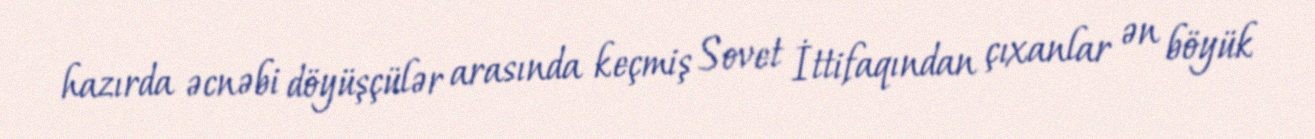
hazırda əcnəbi döyüşçülər arasında keçmiş Sovet İttifaqından çıxanlar ən böyük